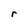
Character: r